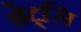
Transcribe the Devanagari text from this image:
बेट्सि